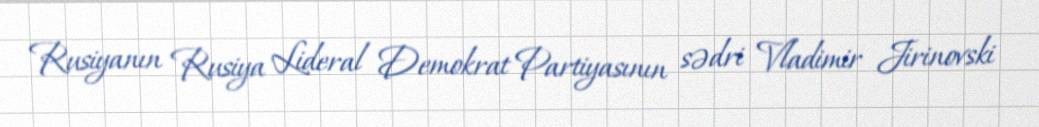
Rusiyanın Rusiya Lideral Demokrat Partiyasının sədri Vladimir Jirinovski